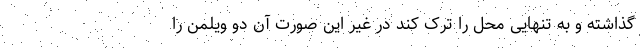
گذاشته و به تنهایی محل را ترک کند در غیر این صورت آن دو ویلمن را